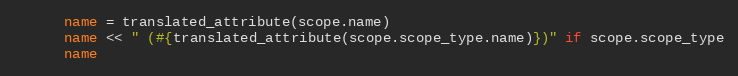
Language: Ruby
      name = translated_attribute(scope.name)
      name << " (#{translated_attribute(scope.scope_type.name)})" if scope.scope_type
      name